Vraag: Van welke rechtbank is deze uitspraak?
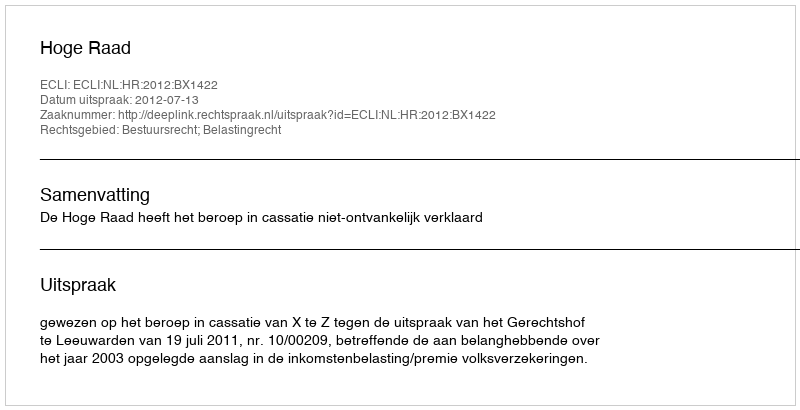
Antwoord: Hoge Raad